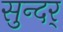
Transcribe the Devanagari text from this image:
सुन्दर्